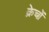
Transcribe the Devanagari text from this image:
क्रेचों